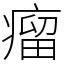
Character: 瘤